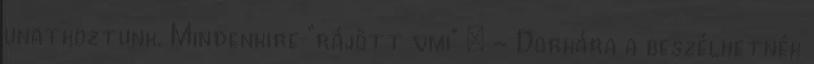
unatkoztunk. Mindenkire "rájött vmi" : - Dorkára a beszélhetnék